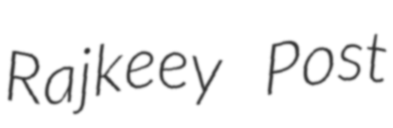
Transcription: Rajkeey Post